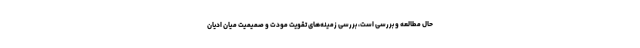
حال مطالعه و بررسی است، بررسی زمینه‌های تقویت مودت و صمیمیت میان ادیان